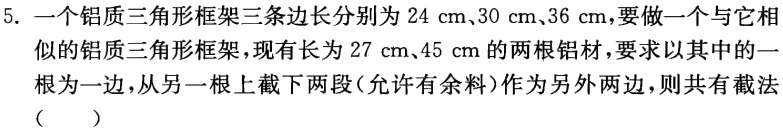
5. 一个铝质三角形框架三条边长分别为\(24\ \text{cm}、30\ \text{cm}、36\ \text{cm}\)，要做一个与它相似的铝质三角形框架，现有长为\(27\ \text{cm}、45\ \text{cm}\)的两根铝材，要求以其中的一根为一边，从另一根上截下两段（允许有余料）作为另外两边，则共有截法（  ）